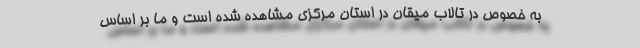
به خصوص در تالاب میقان در استان مرکزی مشاهده شده است و ما بر اساس